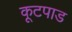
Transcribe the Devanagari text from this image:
कूटपाड